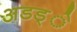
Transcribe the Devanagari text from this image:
अडड्े